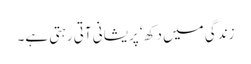
زندگی میں دکھ ‘ پریشانی آتی رہتی ہے۔